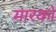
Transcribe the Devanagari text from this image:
मारको